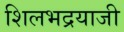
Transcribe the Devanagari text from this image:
शिलभद्रयाजी